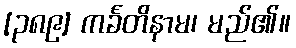
[၃၈၉] ကင်္ခတိနာမ၊ မည်၏။